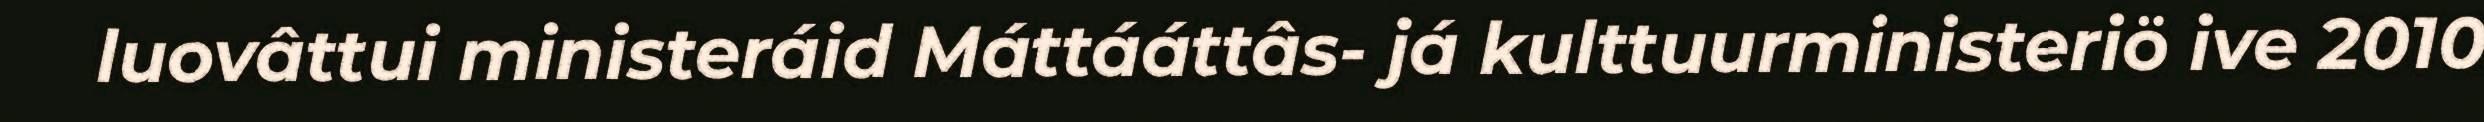
luovâttui ministeráid Máttááttâs- já kulttuurministeriö ive 2010